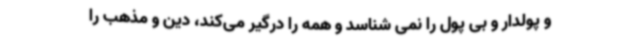
و پولدار و بی پول را نمی شناسد و همه را درگیر می‌کند، دین و مذهب را